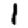
Digit: 1